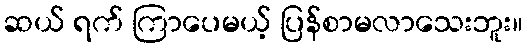
ဆယ် ရက် ကြာပေမယ့် ပြန်စာမလာသေးဘူး။